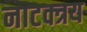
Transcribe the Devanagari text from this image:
नाटक्त्रय